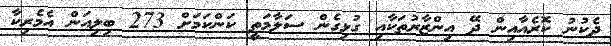
ދެކުނު ކޮރެއާއިން ދޭ އިންޒާރުތަކާއި ގުޅިގެން ސަލާމަތީ ކަންކަމަށް 273 ބިލިއަން އެމެރިކާ